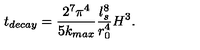
t _ { d e c a y } = \frac { 2 ^ { 7 } \pi ^ { 4 } } { 5 k _ { m a x } } \frac { l _ { s } ^ { 8 } } { r _ { 0 } ^ { 4 } } H ^ { 3 } .